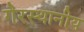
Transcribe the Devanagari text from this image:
गैरस्थानीय